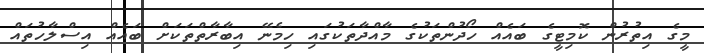
މީގެ އިތުރުން ކޮމިޓީގެ ބައެއް ހޯދުންތަކުގެ މާއްދާތަކުގައި ހިމެނޭ އިބާރާތްތަކަށް ބައެއް އިސްލާހުތައް